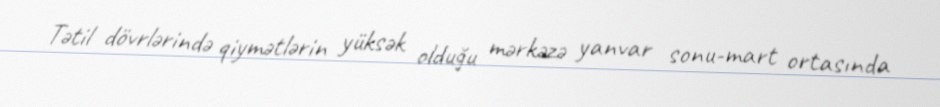
Tətil dövrlərində qiymətlərin yüksək olduğu mərkəzə yanvar sonu-mart ortasında